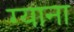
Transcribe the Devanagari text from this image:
ग्याना